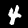
Label: 4